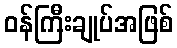
ဝန်ကြီးချုပ်အဖြစ်